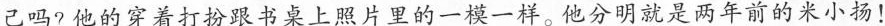
己吗?他的穿着打扮跟书桌上照片里的一模一样他分明就是两年前的米小扬